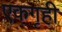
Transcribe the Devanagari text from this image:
एकगृही